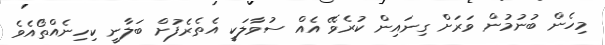
މިހެން ބުނުމުން ވަރަށް ގިނައިން ކުރެވޭ އެއް ސުވާލަކީ އެތެރެފުށް ބަލާނީ ކިހިނެއްތޯއެވެ